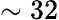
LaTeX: \sim 32